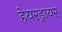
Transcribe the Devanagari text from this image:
हेयरड्रायर